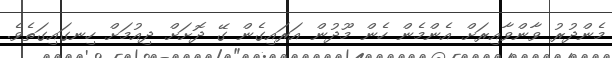
މެންދުރު ވާންވާއިރަށް އެންމެން ހެން މޫދުން އަރައިގެން ގޭ ދޮށަށް ދިއުމަށް ހިނގައިގަތެވެ.